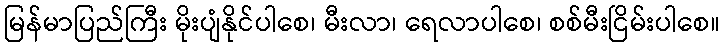
မြန်မာပြည်ကြီး မိုးပျံနိုင်ပါစေ၊ မီးလာ၊ ရေလာပါစေ၊ စစ်မီးငြိမ်းပါစေ။